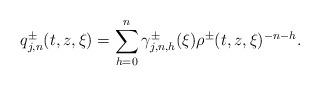
LaTeX: \begin{align*} q ^ \pm _ { j , n } ( t , z , \xi ) = \sum _ { h = 0 } ^ n \gamma ^ \pm _ { j , n , h } ( \xi ) \rho ^ \pm ( t , z , \xi ) ^ { - n - h } .\end{align*}